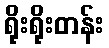
ရိုးရိုးတန်း